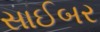
સાઈબર